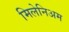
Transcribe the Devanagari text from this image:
मिलेनिअम